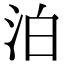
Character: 泊